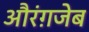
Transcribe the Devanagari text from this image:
औरंग़जेब